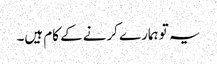
یہ تو ہمارے کرنے کے کام ہیں۔